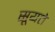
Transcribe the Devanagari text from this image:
सूयते